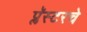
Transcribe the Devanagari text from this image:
प्लॅस्टरचे